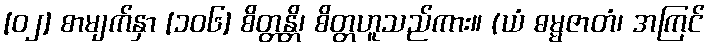
[၀၂] စာမျက်နှာ [၁၀၆] စိတ္တန္တိ၊ စိတ္တဟူသည်ကား။ (ယံ ဓမ္မဇာတံ၊ အကြင်